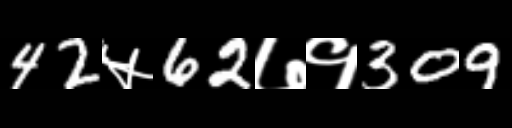
Text: 42५62७१309